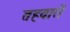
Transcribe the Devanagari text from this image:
तहवारों